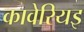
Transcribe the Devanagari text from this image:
कावेरियइ